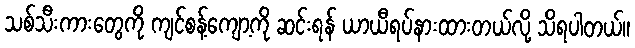
သစ်သီးကားတွေကို ကျင်စန့်ကျော့ကို ဆင်းရန် ယာယီရပ်နားထားတယ်လို့ သိရပါတယ်။